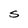
Character: S